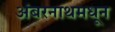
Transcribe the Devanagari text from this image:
अंबरनाथमधून